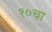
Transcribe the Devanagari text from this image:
१०चा